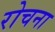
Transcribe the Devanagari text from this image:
रोचना